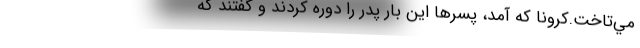
مي‌تاخت.كرونا كه آمد، پسرها اين ‌بار پدر را دوره كردند و گفتند كه